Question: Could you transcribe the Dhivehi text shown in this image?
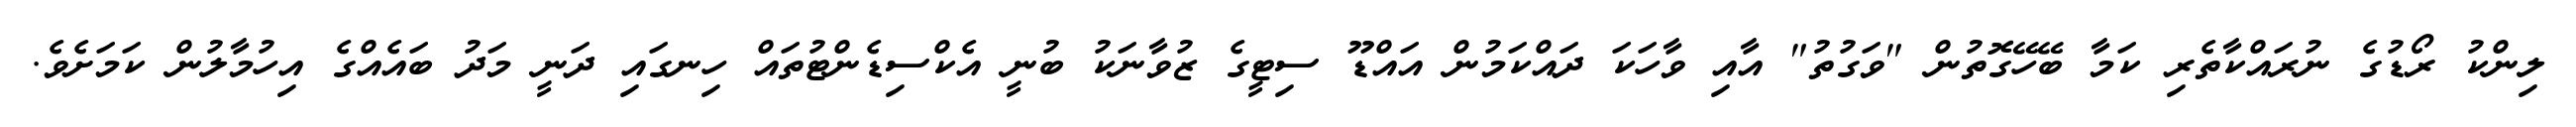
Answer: ލިންކު ރޯޑުގެ ނުރައްކާތެރި ކަމާ ބޭހޭގޮތުން "ވަގުތު" އާއި ވާހަކަ ދައްކަމުން އައްޑޫ ސިޓީގެ ޒުވާނަކު ބުނީ އެކްސިޑެންޓުތައް ހިނގައި ދަނީ މަދު ބައެއްގެ އިހުމާލުން ކަމަށެވެ.